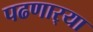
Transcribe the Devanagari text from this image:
पढणार्‍या